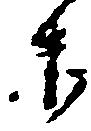
木